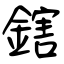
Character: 鎋